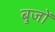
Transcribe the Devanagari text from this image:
बुजों